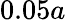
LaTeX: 0.05a